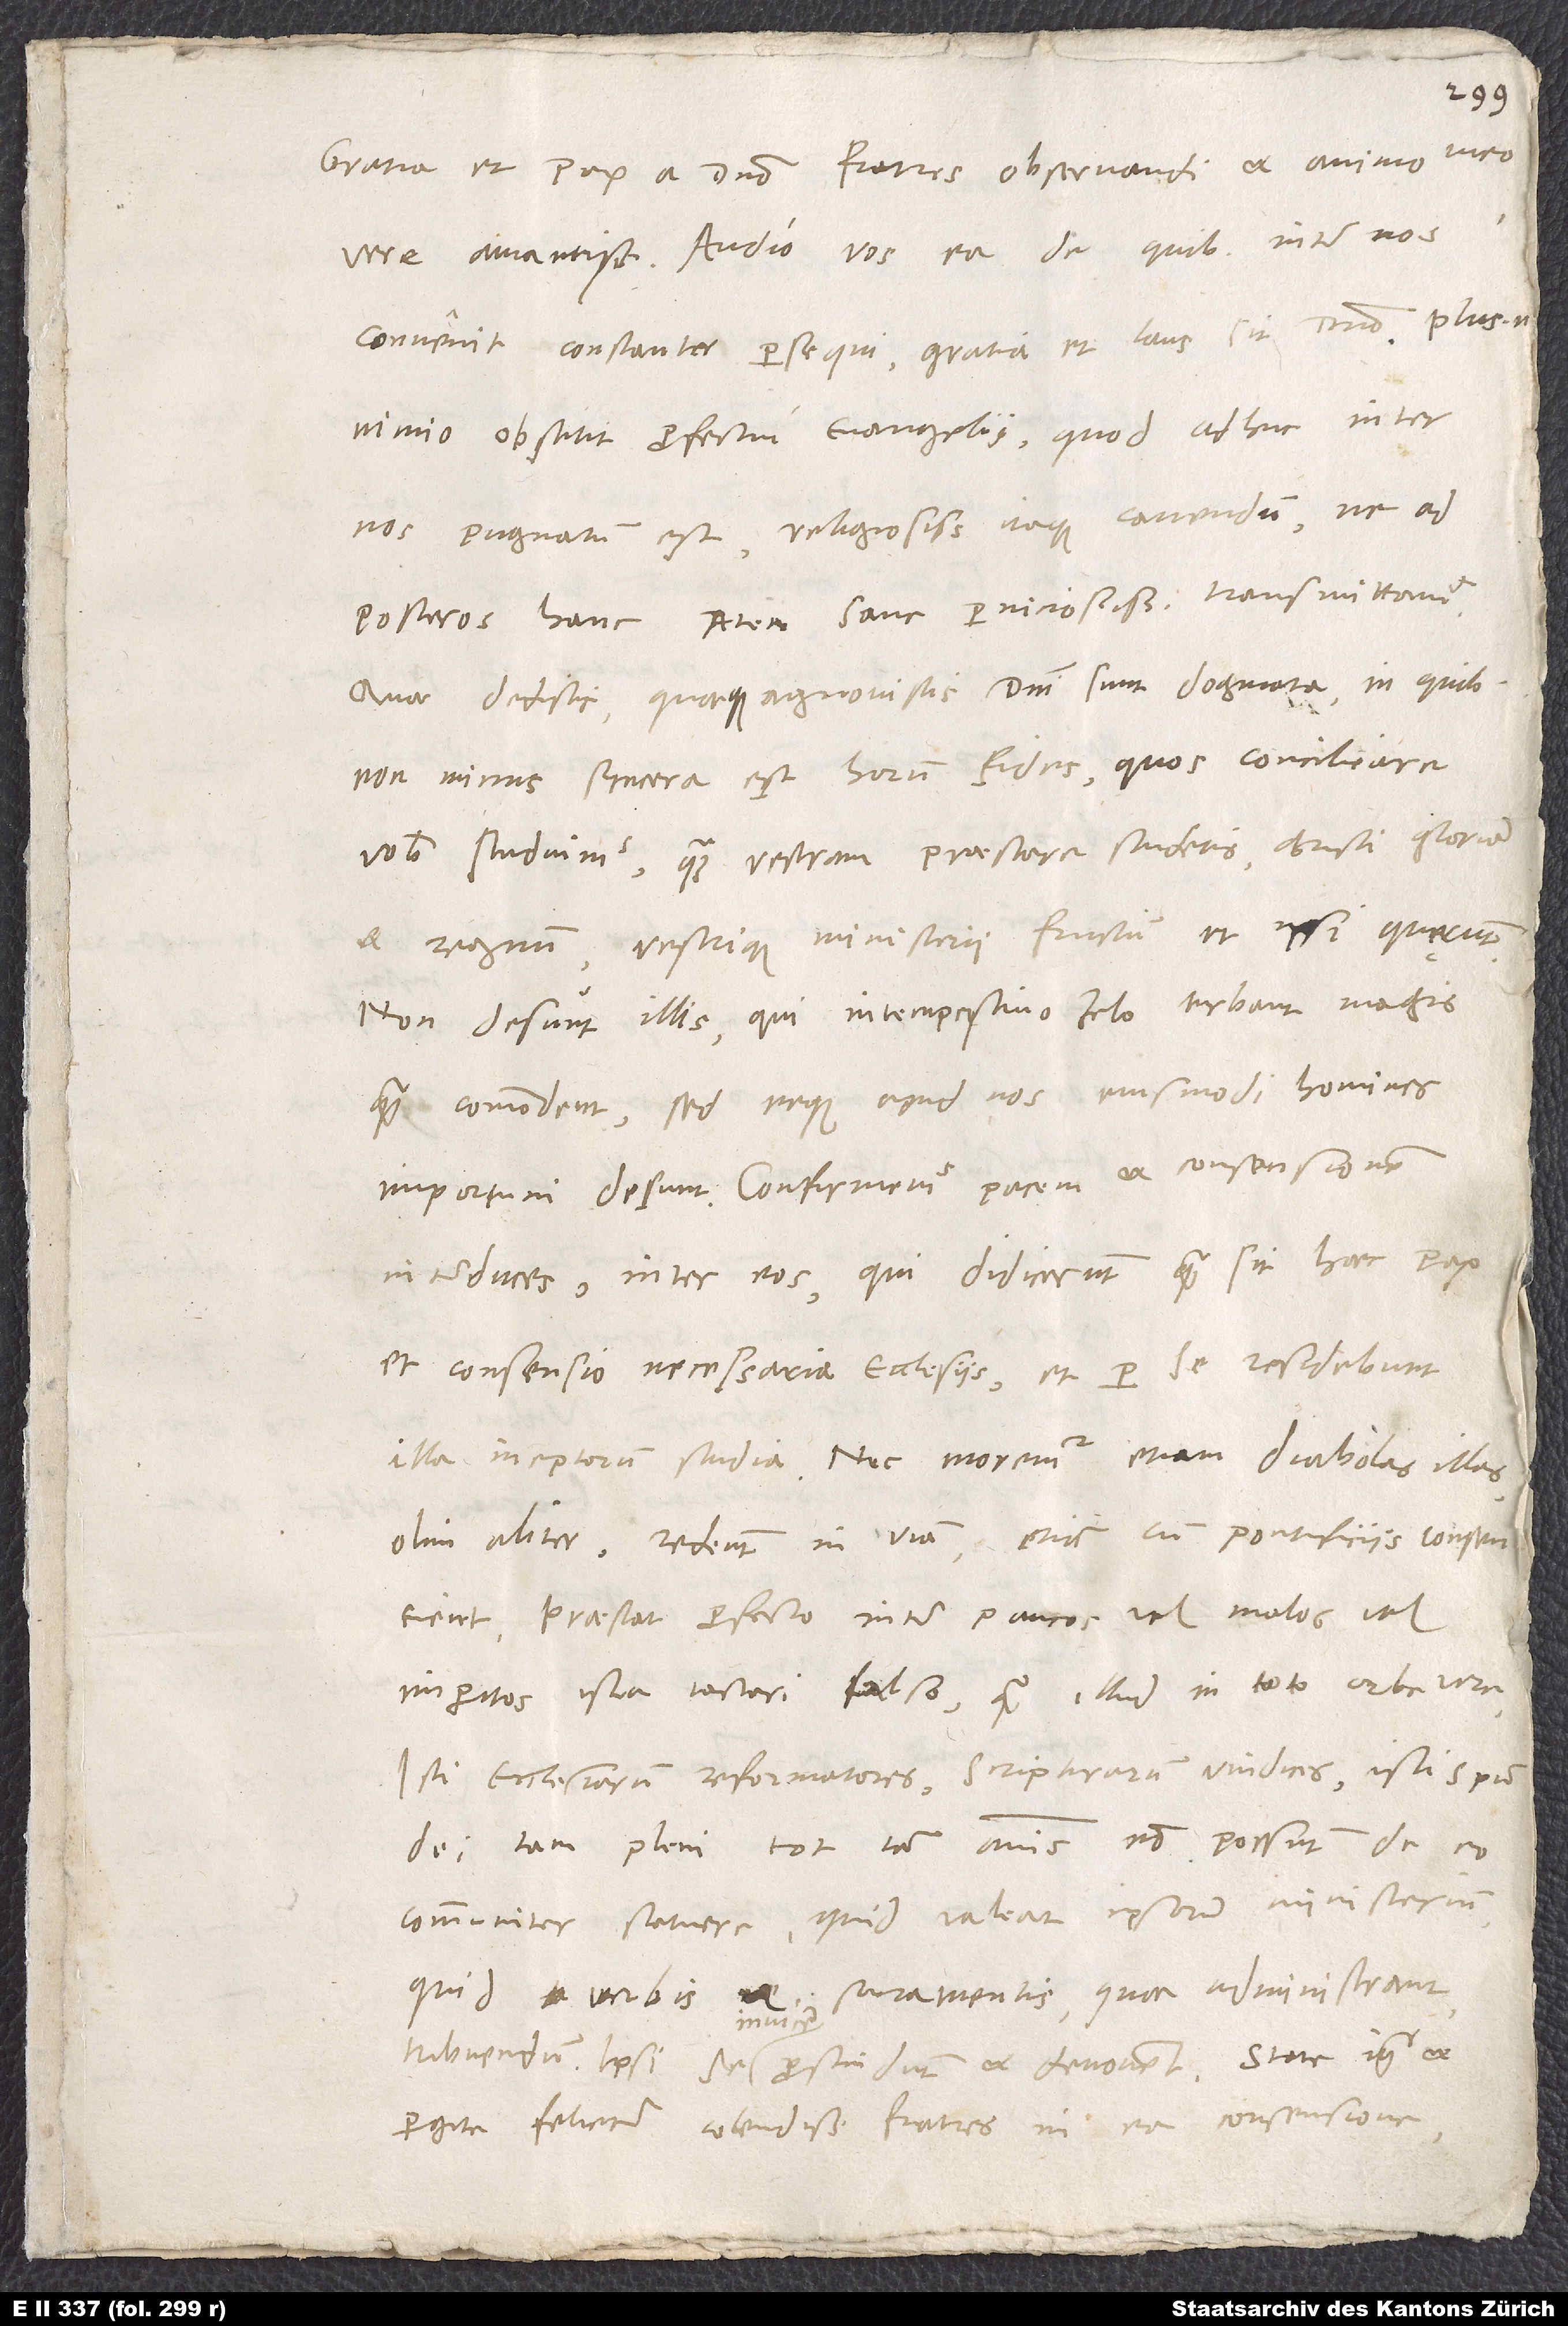
Gratia et pax a domino, fratres observandi et animo meo
convenit, constanter persequi, gratia et laus sit domino. Plus enim
nimio obstitit profectui evangelii, quod adhuc inter
nos pugnatum est; religiosissime itaque cavendum, ne ad
posteros hanc fecem sane perniciosissimam transmittamus.
Quae dedistis quaeque agnovistis, domini sunt dogmata, in quibus
non minus syncera est horum fides, quos conciliare
vobis studuimus, quam vestram praestare studetis; Christi gloriam
et regnum vestrique ministerii fructum et ipsi quęrunt.
Non desunt illis, qui intempestivo zelo turbant magis
quam commodent; sed neque apud vos eiusmodi homines
importuni desunt. Confirmemus pacem et consensionem
inter duces, inter eos, qui didicerunt, quam sit haec pax
et consensio necessaria ecclesiis, et per se residebunt
„Olim aliter, redeunt in viam, etiam cum pontificiis consentient“.
Praestat profecto inter paucos vel malos vel
imperitos ista testari falso quam illud in toto orbe vere:
„Isti ecclesiarum reformatores, scripturarum vindices, isti spiritu
dei tam pleni tot iam annis non possunt de eo
communiter statuere, quid valeat ipsorum ministerium,
quid verbis et sacramentis, quae administrant,
tribuendum; ipsi se invicem proscindunt et devovent.“ State igitur et
pergite feliciter, colendissimi fratres, in ea consensione,